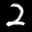
Label: 2